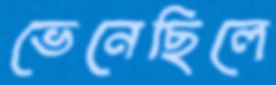
ভেনেছিলে